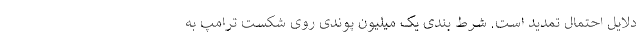
دلایل احتمال تمدید است. شرط بندی یک میلیون پوندی روی شکست ترامپ به